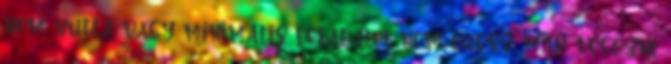
nem nulla vagy minimális feladatot nem tudsz már végezni